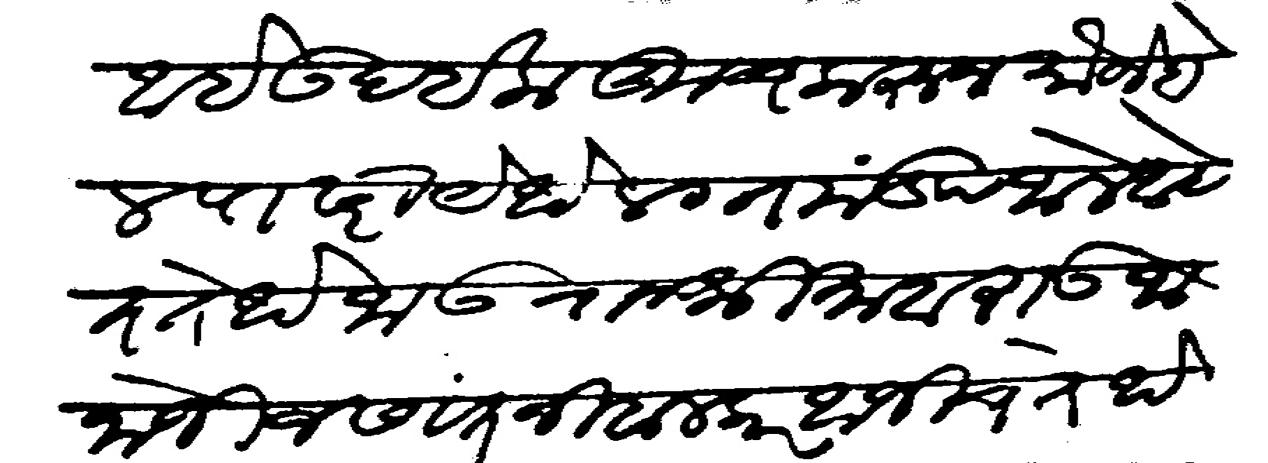
Transliteration (Devanagari): आहे उदईक कूच करून मौजे बेल पांढरी येथे लग्न मंडप जाले आहेत तेथे जाऊ राजश्री माहाराऊ जानोजी जसवंत निंबालकर आजीच तेथे